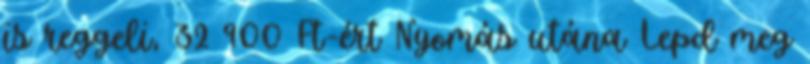
is reggeli, 32 900 Ft-ért Nyomás utána Lepd meg